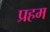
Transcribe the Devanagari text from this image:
प्रहम